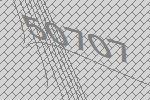
50707